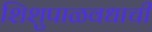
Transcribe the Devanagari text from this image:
शिशुपाळवधाची